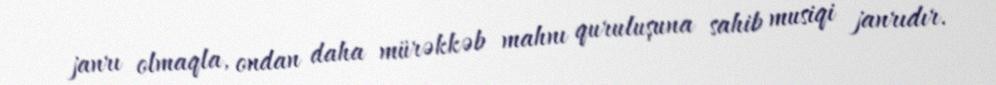
janrı olmaqla, ondan daha mürəkkəb mahnı quruluşuna sahib musiqi janrıdır.